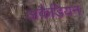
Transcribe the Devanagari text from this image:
अकैडियन